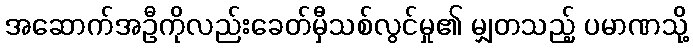
အဆောက်အဦကိုလည်းခေတ်မှီသစ်လွင်မှု၏ မျှတသည့် ပမာဏသို့